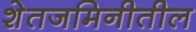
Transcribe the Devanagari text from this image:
शेतजमिनीतील